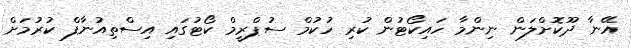
އޭނާ ދޫކޮށްލަން ނިންމާ ހައިކޯޓުން ކުރި ހުކުމް ސުޕްރީމް ކޯޓުގައި އިސްތިއުނާފް ކުރުމަށް